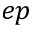
e p